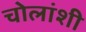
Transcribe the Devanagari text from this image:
चोलांशी